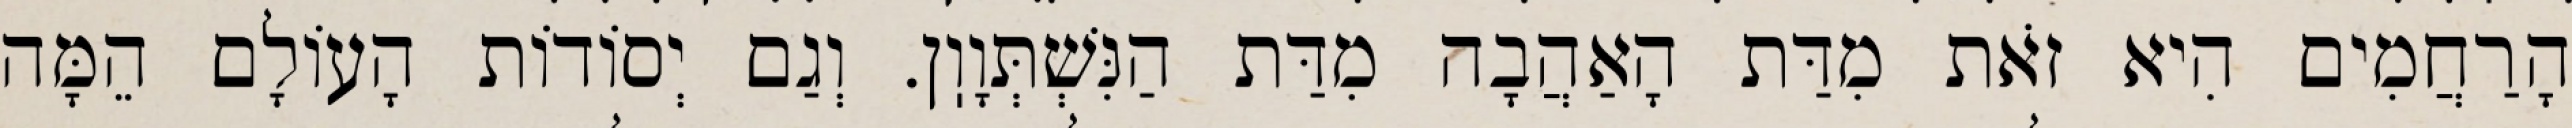
הָרַחֲמִים הִיא זֹאת מִדַּת הָאַהֲבָה מִדַּת הַנִּשְׁתְּוָוֽן. וְגַם יְסוֹדוֹת הָעוֹלָם הֵמָּה